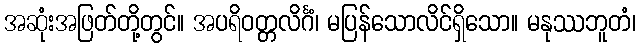
အဆုံးအဖြတ်တို့တွင်။ အပရိဝတ္တလိင်္ဂံ၊ မပြန်သောလိင်ရှိသော။ မနုဿဘူတံ၊